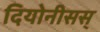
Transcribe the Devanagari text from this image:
दियोनीसस्